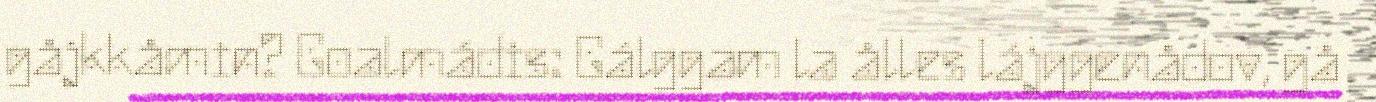
gåjkkåmin? Goalmádis: Gálggam la ålles lájggenådov, gå